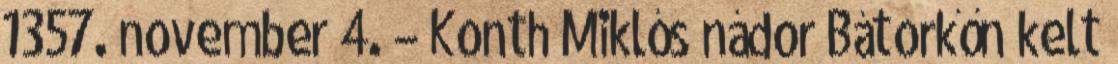
1357. november 4. – Konth Miklós nádor Bátorkőn kelt